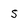
Character: s